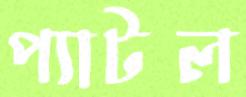
প্যাটল